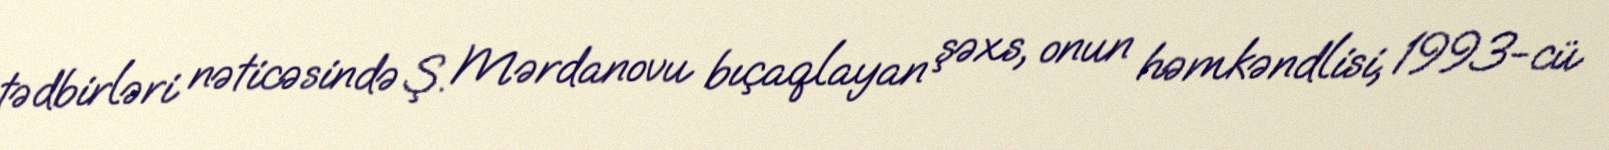
tədbirləri nəticəsində Ş. Mərdanovu bıçaqlayan şəxs, onun həmkəndlisi, 1993-cü